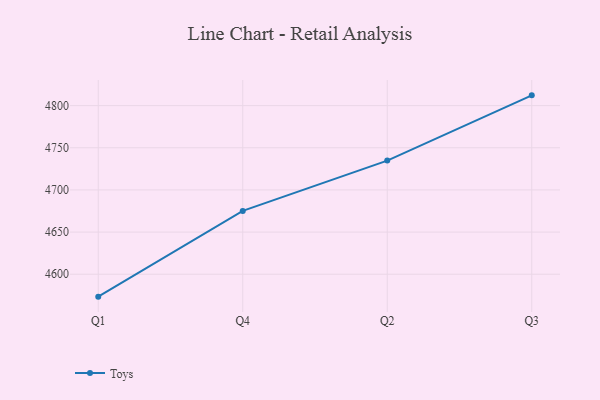
{"axis": {"x": "Quarter", "y": "Satisfaction Score"}, "legend": ["Toys"], "data": [{"x": "Q1", "y": 4573.4, "type": "Toys"}, {"x": "Q4", "y": 4675.1, "type": "Toys"}, {"x": "Q2", "y": 4734.8, "type": "Toys"}, {"x": "Q3", "y": 4812.2, "type": "Toys"}]}